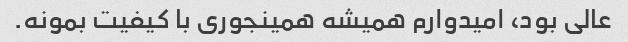
عالی بود، امیدوارم همیشه همینجوری با کیفیت بمونه.